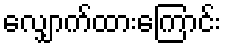
လျှောက်ထားကြောင်း